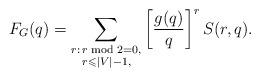
LaTeX: \begin{align*} F_G (q) = \sum_{\begin{subarray}{e} r:\, r \bmod 2 =0, \\ \phantom{r:}\,r\leqslant |V|-1,\end{subarray}} \left[ \frac{g(q)}{q} \right]^{r} S(r,q).\end{align*}